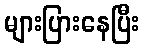
များပြားနေပြီး